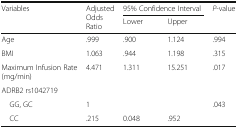
| <ROWSPAN=2> Variables | <ROWSPAN=2> Adjusted Odds Ratio | <COLSPAN=2> 95% Confidence Interval | <ROWSPAN=2> P-value |
 | Lower | Upper |
 | --- | --- | --- | --- | --- |
 | Age | .999 | .900 | 1.124 | .994 |
 | BMI | 1.063 | .944 | 1.198 | .315 |
 | Maximum Infusion Rate (mg/min) | 4.471 | 1.311 | 15.251 | .017 |
 | <COLSPAN=5> ADRB2 rs1042719 |
 | GG, GC | 1 |  |  | <ROWSPAN=2> .043 |
 | CC | .215 | 0.048 | .952 |